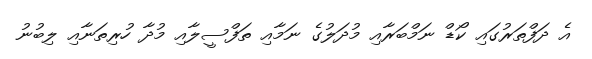
އެ ދަފްތަރުގައި ކޯޑް ނަމްބަރާއި މުދަލުގެ ނަމާއި ތަފްސީލާއި މުދާ ހުރިތަނާއި ލިބުނު